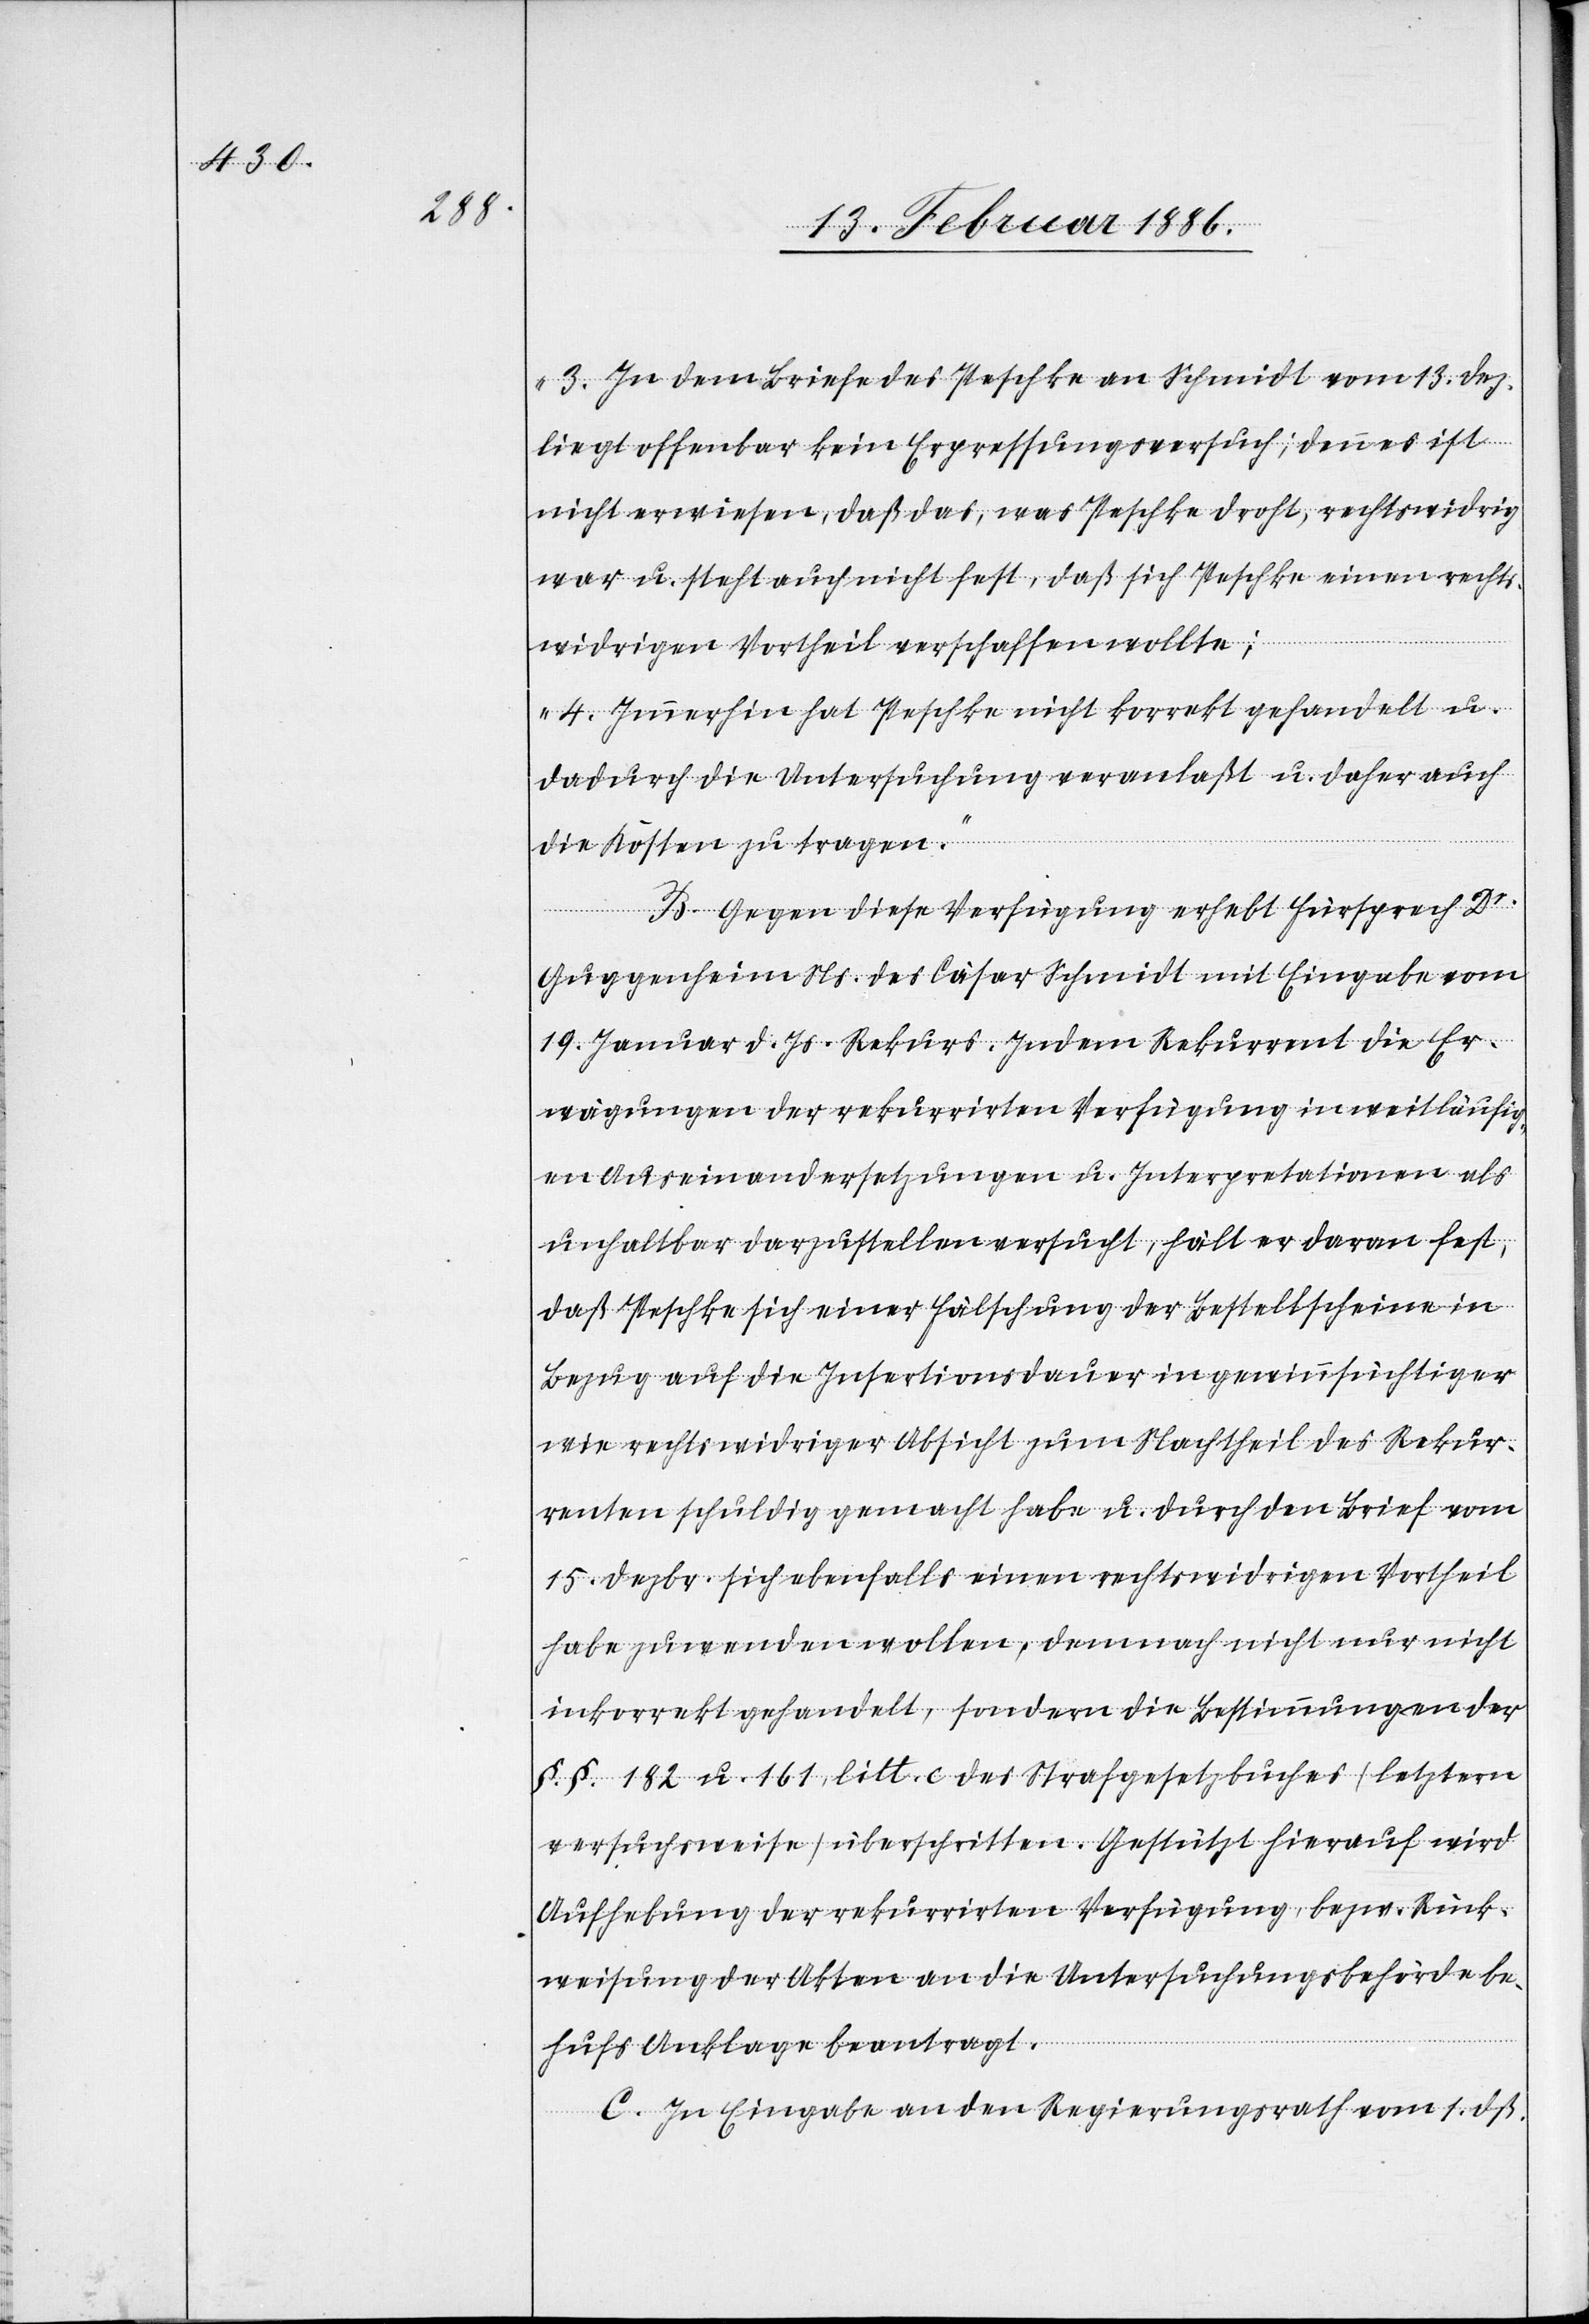
3. In dem Briefe des Peschke an Schmidt vom 13. Dez.
liegt offenbar kein Erpressungsversuch; denn es ist
nicht erwiesen, daß das, was Peschke droht, rechtswidrig
war u. steht auch nicht fest, daß sich Peschke einen rechts¬
widrigen Vortheil verschaffen wollte;
4. Immerhin hat Peschke nicht korrekt gehandelt u.
dadurch die Untersuchung veranlaßt u. daher auch
die Kosten zu tragen.“
B. Gegen diese Verfügung erhebt Fürsprech Dr.
Guggenheim Ns. des Cäsar Schmidt mit Eingabe vom
19. Januar d. Js. Rekurs. Indem Rekurrent die Er¬
wägungen der rekurrirten Verfügung in weitläufig¬
en Auseinandersetzungen u. Interpretationen als
unhaltbar darzustellen versucht, hält er daran fest,
daß Peschke sich einer Fälschung der Bestellscheine in
Bezug auf die Insertionsdauer in gewinnsüchtiger
wie rechtswidriger Absicht zum Nachtheil des Rekur¬
renten schuldig gemacht habe u. durch den Brief vom
15. Dezbr. sich ebenfalls einen rechtswidrigen Vortheil
habe zuwenden wollen, demnach nicht nur nicht
inkorrekt gehandelt, sondern die Bestimmungen der
§.§. 182 u. 161, litt. c des Strafgesetzbuches (letztere
versuchsweise) überschritten habe. Gestützt hierauf wird
Aufhebung der rekurrirten Verfügung, bezw. Rück¬
weisung der Akten an die Untersuchungsbehörden be¬
hufs Anklage beantragt.
C. In Eingabe an den Regierungsrath vom 1. dß.